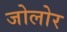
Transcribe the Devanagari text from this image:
जोलोर